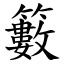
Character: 籔